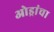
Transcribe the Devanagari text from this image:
ओड्रांचा